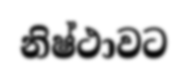
නිෂ්ථාවට